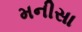
મનીસા